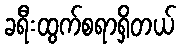
ခရီးထွက်စရာရှိတယ်